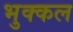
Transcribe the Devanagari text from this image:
भुक्कल